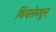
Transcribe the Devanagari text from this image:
फिंचलेमधून